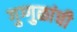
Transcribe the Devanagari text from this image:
गुग्गुळांची